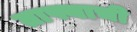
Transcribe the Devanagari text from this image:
ताफ्याची